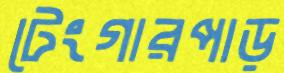
টেংগারপাড়